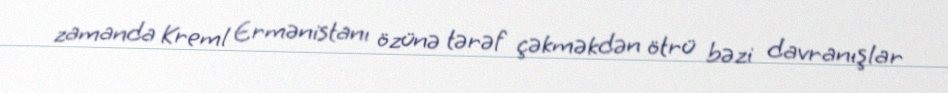
zamanda Kreml Ermənistanı özünə tərəf çəkməkdən ötrü bəzi davranışlar